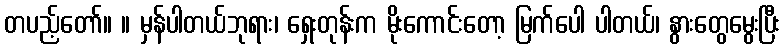
တပည့်တော်။ ။ မှန်ပါတယ်ဘုရား၊ ရှေးတုန်းက မိုးကောင်းတော့ မြက်ပေါ ပါတယ်၊ နွားတွေမွေးပြီး